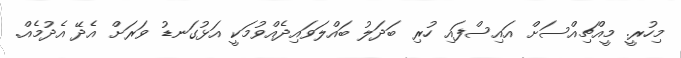
މިހުރީ. މީއްޗިއްސަށް އައިސްފައި ހުރި ބަދަލު ބައްލަވައިދެއްވުމަކީ އަޅުގަނޑު ވަރަށް އެދޭ އެދުމެއް.